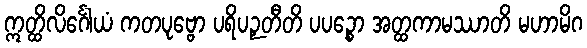
ဣတ္ထိလိင်္ဂေါယံ ကတပုဗ္ဗော ပရိပဉှတီတိ ပပဉ္စော အတ္ထကာမဿာတိ မဟာမိဂ